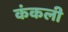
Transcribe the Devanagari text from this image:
कंकली